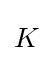
{\begin{aligned}K\end{aligned}}